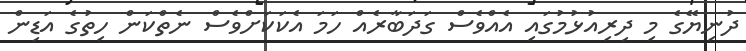
ދުނިޔޭގެ މި ދިރިއުޅުމުގައި އެއްވެސް ގަދަބާރެއް ހަމަ އެކަކަށްވެސް ނެތްކަން ހިތުގެ އަޑިން